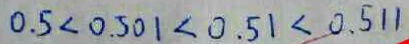
0 . 5 < 0 . 5 0 1 < 0 . 5 1 < 0 . 5 1 1